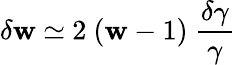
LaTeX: {\delta}\mathbf{w}\ {\simeq}\ 2\ (\mathbf{w}-1)\ \frac{{\delta\gamma}}{{\gamma}}